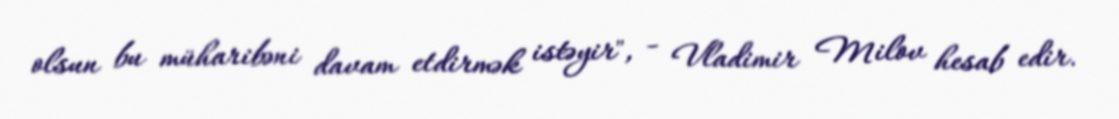
olsun bu müharibəni davam etdirmək istəyir", - Vladimir Milov hesab edir.